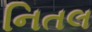
નિતલ